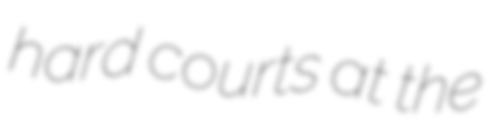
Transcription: hard courts at the